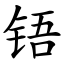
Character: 铻